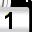
Digit: 1